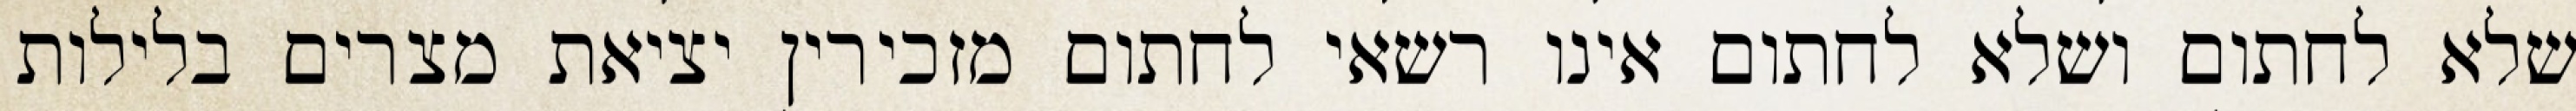
שלא לחתום ושלא לחתום אינו רשאי לחתום מזכירין יציאת מצרים בלילות